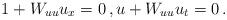
LaTeX: \begin{align*} 1+W_{uu} u_x=0\, , u + W_{uu} u_t=0\, .\end{align*}